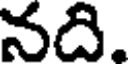
నది.